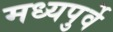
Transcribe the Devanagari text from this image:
मध्यपुर्वे